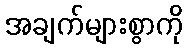
အချက်များစွာကို